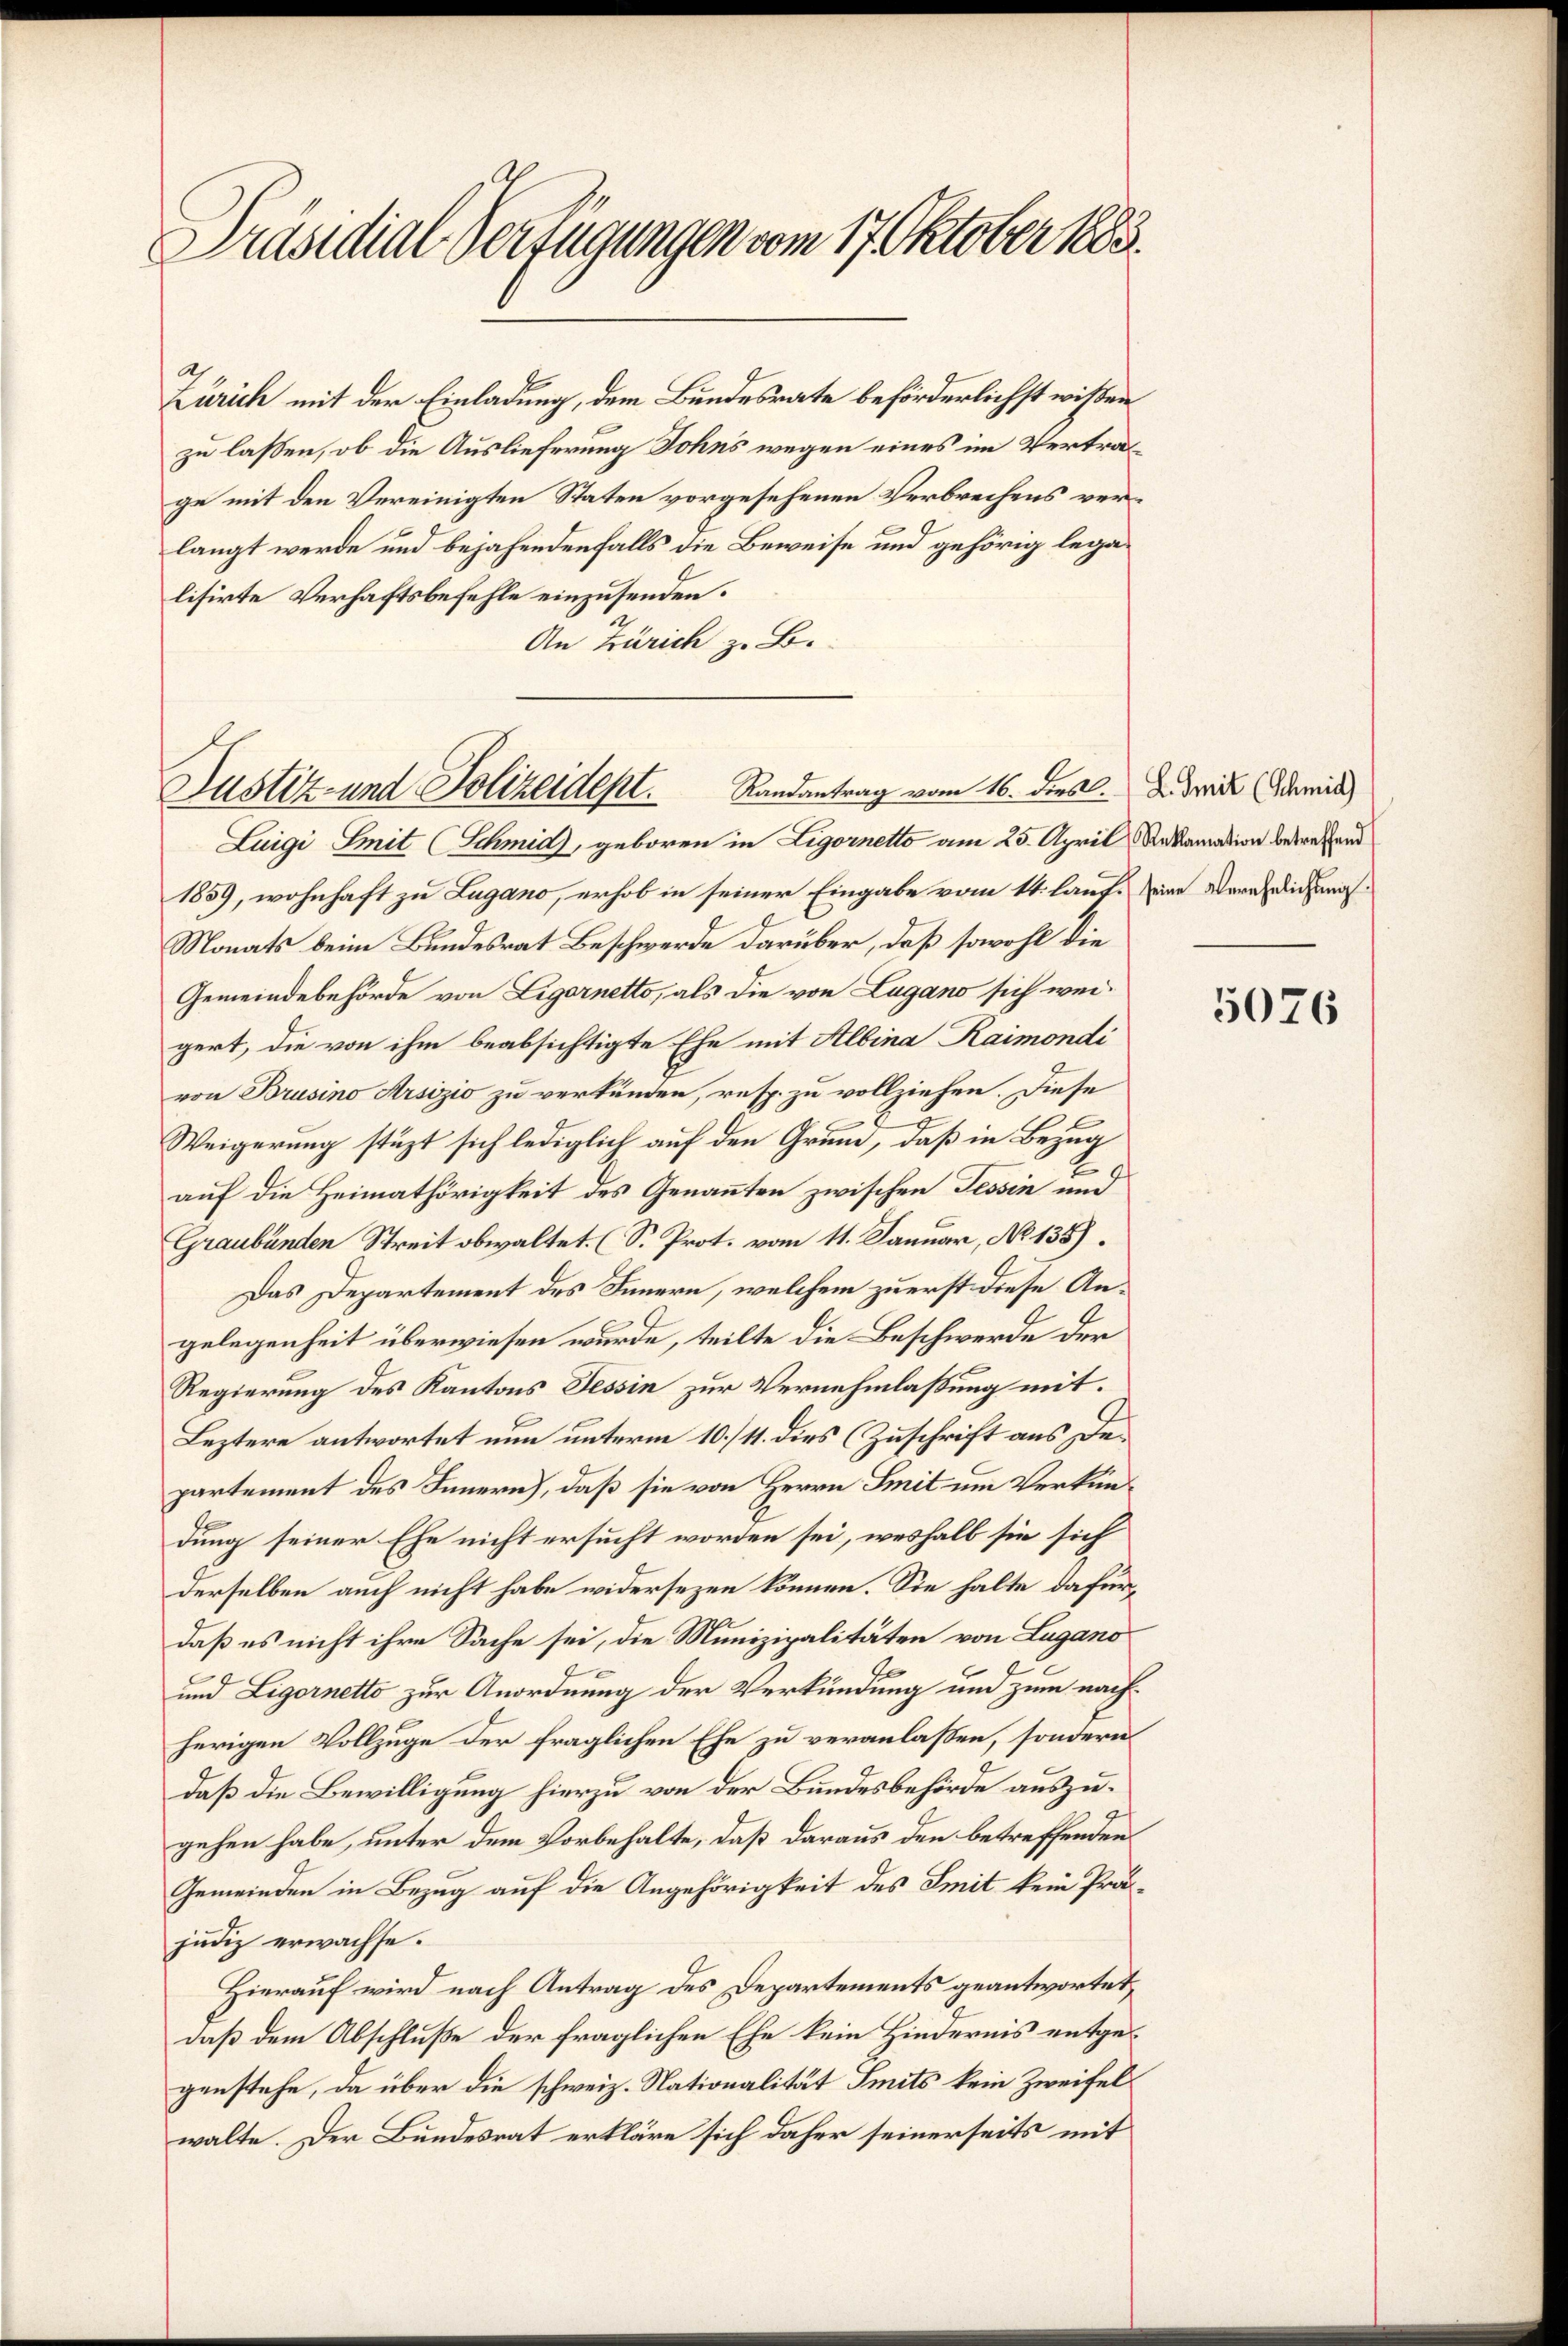
f
Präsidial-Verfügungen vom 17. Oktober 1883.

Zürich mit der Einladung, dem Bundesrate beförderlichst wißen
zu lassen, ob die Auslieferung Johns wegen eines im Vertra
ge mit den Vereinigten Staten vorgesehenen Verbrechens verlangt werde und bejahendenfalls die Beweise und gehörig legalisirte Verhaftsbefehle einzusenden.
An Zürich z. B.
Luigi Zeit (Schmid, geboren in Ligornetto am 25. April, Reklamation betreffend
1859, wohnhaft zu Lugano, erhob in seiner Eingabe vom 14. laut eine Verehelichungs¬
Monats beim Bundesrat Beschwerde darüber, daß sowohl die
Gemeindebehörde von Ligarnetto, als die von Lugano sich weigert, die von ihm beabsichtigte Ehe mit Albina Raimondi
von Brusino Arsizio zu verkünden, resp. zu vollziehen. Diese
Weigerung stüzt sich lediglich auf den Grund, daß in Bezug
E
auf die Heimathörigkeit des Genannten zwischen Tessin und
Graubünden Streit obwaltet. (S. Prot. vom 11. Januar, No 138).
Das Departement des Innern, welchem zuerst diese Angelegenheit überwiesen wurde, teilte die Beschwerde der
Regierung des Kantons Tessin zur Vernehmlassung mit.
Leztere antwortet nun unterm 10./11. dies (Zuschrift aus Departement des Innern, daß sie von Herrn Smit um Verkündung seiner Ehe nicht ersucht worden sei, weshalb sie sich
derselben auch nicht habe widersezen können. Sie halte dafür,
daß es nicht ihre Sache sei, die Munizipalitäten von Lugano
und Ligornetto zur Anordnung der Verkündung und zum nachherigen Vollzuge der fraglichen Ehe zu veranlassen, sondern
daß die Bewilligung hierzu von der Bundesbehörde auszugehen habe, unter dem Vorbehalte, daß daraus den betreffenden
Gemeinden in Bezug auf die Angehörigkeit des Smit kein Präjudiz erwachse.
Hierauf wird nach Antrag des Departements geantwortet,
daß dem Abschluße der fraglichen Ehe kein Hindernis entgegenstehe, da über die schweiz. Nationalität Smits kein Zweifelwalte. Der Bundesrat erkläre sich daher seinerseits mit

Justiz- und Polizeidept.

Randantrag vom 16. dies. Z. mit (Schmid)

5076